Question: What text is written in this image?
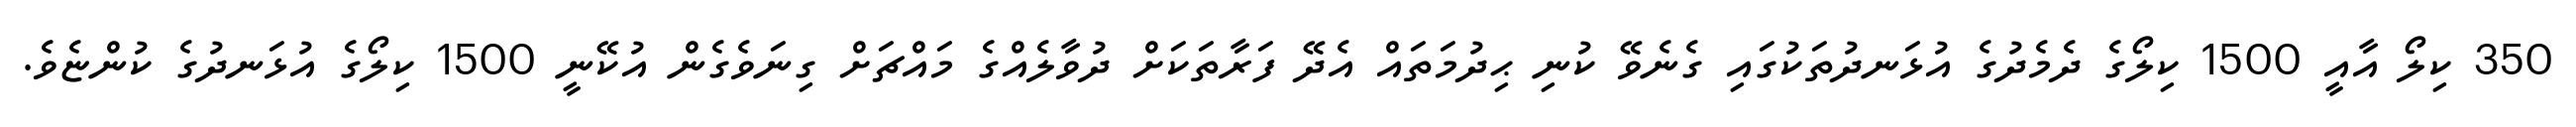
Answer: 350 ކިލޯ އާއީ 1500 ކިލޯގެ ދެމެދުގެ އުޅަނދުތަކުގައި ގެނެވޭ ކުނި ޙިދުމަތައް އެދޭ ފަރާތަކަށް ދުވާލެއްގެ މައްޗަށް ގިނަވެގެން އުކޭނީ 1500 ކިލޯގެ އުޅަނދުގެ ކުންޏެވެ.